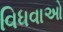
વિધવાઓ